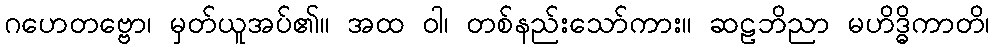
ဂဟေတဗ္ဗော၊ မှတ်ယူအပ်၏။ အထ ဝါ၊ တစ်နည်းသော်ကား။ ဆဠဘိညာ မဟိဒ္ဓိကာတိ၊